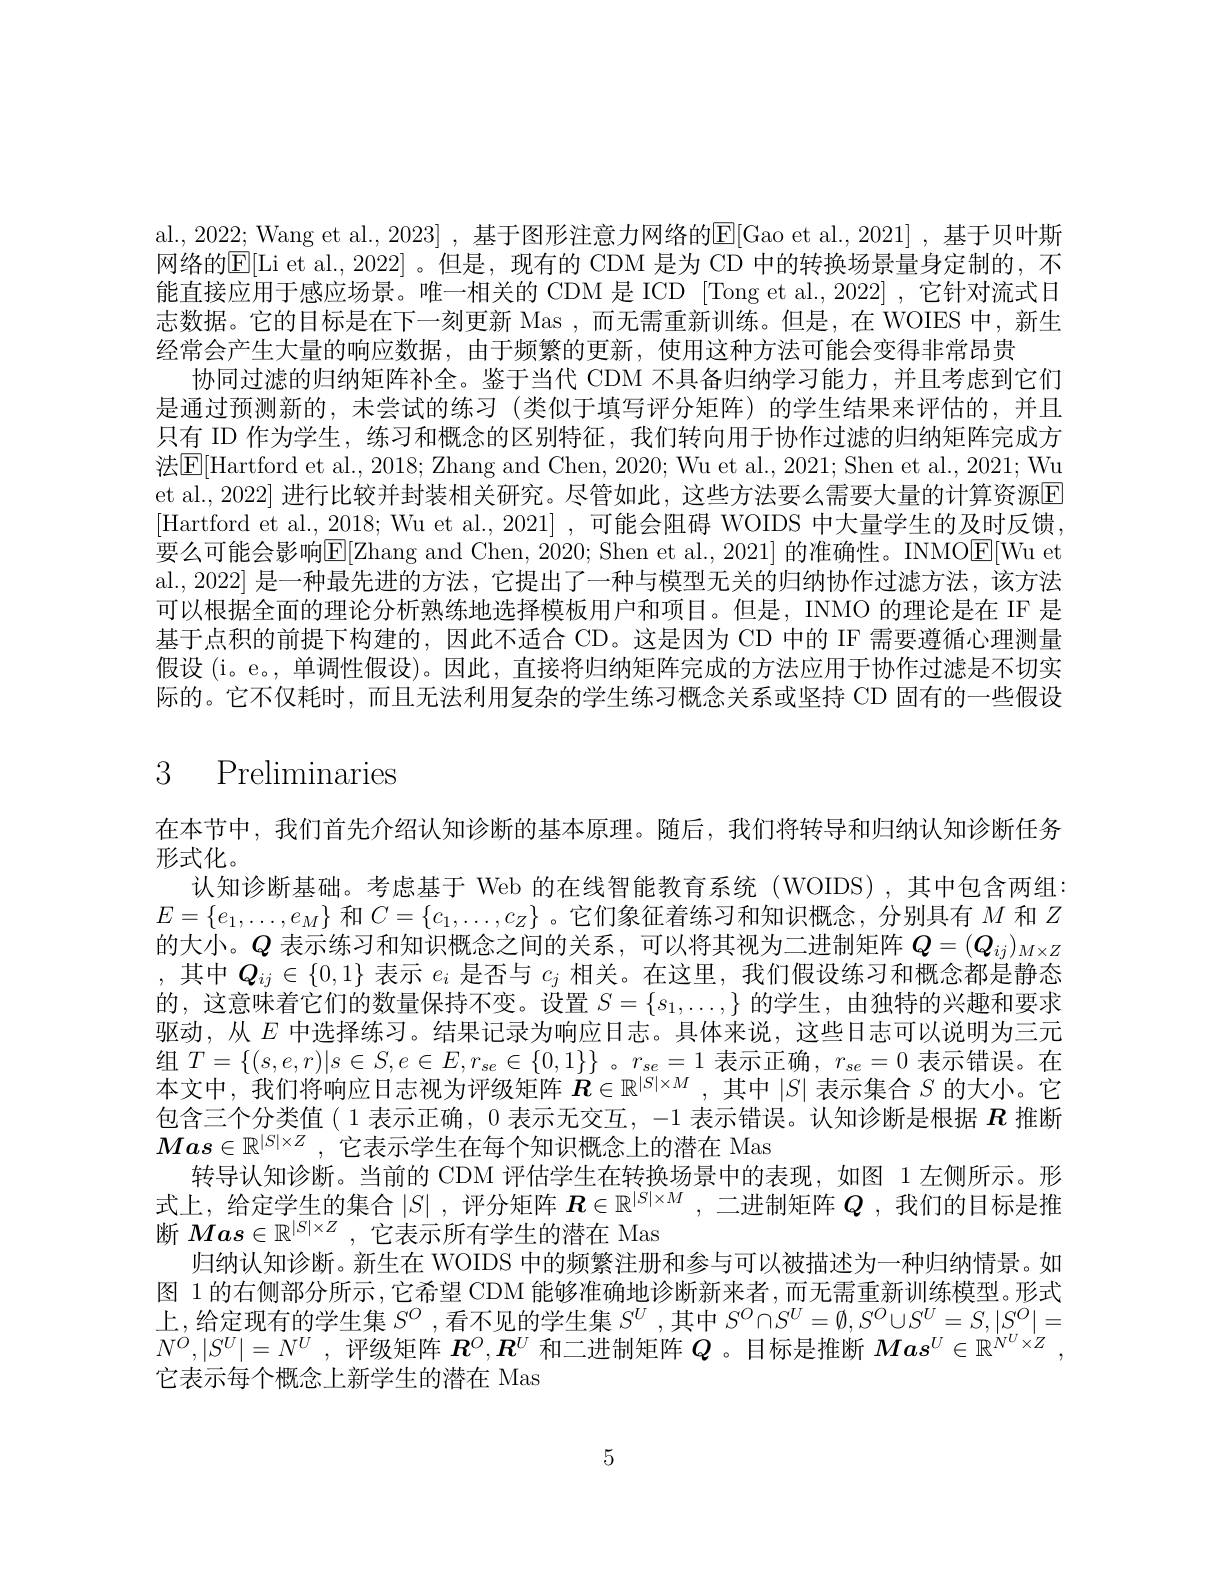
al., 2022; Wang et al., 2023] , 基于图形注意力网络的E[Gao et al., 2021] , 基于贝叶斯网络的E|Li et al., 2022| 。但是，现有的 CDM 是为 CD 中的转换场景量身定制的，不能直接应用于感应场景。唯一相关的 CDM 是 ICD Tong et al.,2022] ,它针对流式日志数据。它的目标是在下一刻更新 Mas ,而无需重新训练。但是，在 WOIES 中，新生经常会产生大量的响应数据，由于频繁的更新，使用这种方法可能会变得非常昂贵
协同过滤的归纳矩阵补全。鉴于当代 CDM 不具备归纳学习能力，并且考虑到它们是通过预测新的，未尝试的练习 (类似于填写评分矩阵)的学生结果来评估的，并且只有 ID 作为学生，练习和概念的区别特征，我们转向用于协作过滤的归纳矩阵完成方法$\boxed{\mathrm{E}}[$Hartford et al., 2018; Zhang and Chen, 2020; Wu et al., 2021; Shen et al., 2021; Wu et al., 2022] 进行比较并封装相关研究。尽管如此，这些方法要么需要大量的计算资源E [Hartford et al., 2018; Wu et al., 2021] , 可能会阻碍 WOIDS 中大量学生的及时反馈。要么可能会影响E[ Zhang and Chen, 2020; Shen et al. , 2021] 的准确性。INMOE[Wu et al.,2022| 是一种最先进的方法，它提出了一种与模型无关的归纳协作过滤方法，该方法可以根据全面的理论分析熟练地选择模板用户和项目。但是，INMO 的理论是在 IF 是基于点积的前提下构建的，因此不适合 CD。这是因为 CD 中的 IF 需要遵循心理测量假设(i。e。, 单调性假设)。因此，直接将归纳矩阵完成的方法应用于协作过滤是不切实际的。它不仅耗时，而且无法利用复杂的学生练习概念关系或坚持 CD 固有的一些假设

# 3 Preliminaries

在本节中，我们首先介绍认知诊断的基本原理。随后，我们将转导和归纳认知诊断任务
形式化。
认知诊断基础。考虑基于 Web 的在线智能教育系统 (WOIDS),其中包含两组$E=\{e_1,\ldots,e_M\}$和$C=\{c_1,\ldots,c_Z\}$ 。它们象征着练习和知识概念，分别具有$M$和$Z$ 的大小。$Q$表示练习和知识概念之间的关系，可以将其视为二进制矩阵$Q=(Q_{ij})_{M\times Z}$ ,其中$Q_ij\in\{0,1\}$表示$e_i$是否与$c_j$相关。在这里，我们假设练习和概念都是静态的，这意味着它们的数量保持不变。设置$S=\{s_1,\ldots,\}$的学生，由独特的兴趣和要求驱动，从$E$中选择练习。结果记录为响应日志。具体来说，这些日志可以说明为三元组$T=\{(s,e,r)|s\in S,e\in E,r_{se}\in\{0,1\}\}$ 。$r_se=1$表示正确$,r_se=0$表示错误。在本文中，我们将响应日志视为评级矩阵$R\in\mathbb{R}^|S|\times M$ ,其中$|S|$表示集合$S$的大小。它包含三个分类值(1 表示正确，0 表示无交互，-1 表示错误。认知诊断是根据$R$推断$Mas\in\mathbb{R}^{|S|\times Z}$ ,它表示学生在每个知识概念上的潜在 Mas
转导认知诊断。当前的 CDM 评估学生在转换场景中的表现，如图 1 左侧所示。形式上，给定学生的集合$\left|S\right|$,评分矩阵 $\boldsymbol{R}\in\mathbb{R}^|S|\times M$ ,二进制矩阵 $Q$ ,我们的目标是推断$Mas\in\mathbb{R}^{|S|\times Z}$ ,它表示所有学生的潜在 Mas
归纳认知诊断。新生在 WOIDS 中的频繁注册和参与可以被描述为一种归纳情景。如图 1 的右侧部分所示，它希望 CDM 能够准确地诊断新来者，而无需重新训练模型。形式上，给定现有的学生集$S^O$,看不见的学生集$S^U$,其中$S^O\cap S^U=\emptyset,S^O\cup S^U=S,|S^O|=$ $N^{O}, | S^{U}| = N^{U}$ ,评级矩阵$\boldsymbol R^O,\boldsymbol R^U$和二进制矩阵$Q$ 。目标是推断$M\boldsymbol{a}s^U\in \mathbb{R} ^{N^{U}\times Z}$ , 它表示每个概念上新学生的潜在 Mas

5